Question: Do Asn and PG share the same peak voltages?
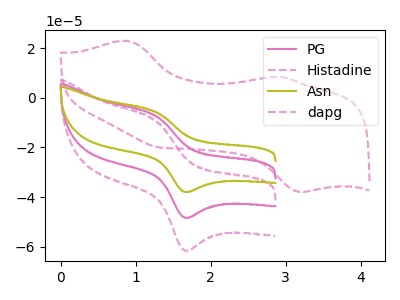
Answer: <think>The pink curve "PG" has an anodic peak at (1.25V, -7.10uA) and a cathodic peak at (1.65V, -48.15uA). The pink dashed curve "Histadine" has an anodic peak at (1.25V, -14.20uA) and a cathodic peak at (1.65V, -96.35uA). The olive curve "Asn" has an anodic peak at (1.25V, -5.55uA) and a cathodic peak at (1.65V, -37.80uA). The pink dashed curve "dapg" has anodic peaks at (0.85V, 23.00uA) (2.90V, 8.45uA) and cathodic peaks at (3.20V, -37.85uA) (1.30V, -20.00uA).</think>
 <answer>Yes, "Asn" have a peak in "PG" at the same potential.</answer>
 <eval>match</eval>